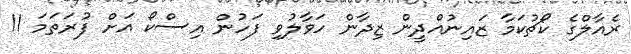
ރެއާލްގެ ކޯޗުކަމާ ޒައިނުއްދީން ޒިދާން ހަވާލުވި ފަހުން އިސްކޯ އަށް ފުރަތަމަ 11